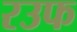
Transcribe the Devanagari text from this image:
रउफ